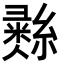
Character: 𦄳